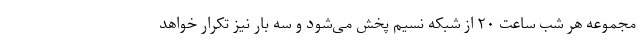
مجموعه هر شب ساعت ۲۰ از شبکه نسیم پخش می‌شود و سه بار نیز تکرار خواهد